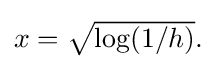
{\textstyle x={\sqrt {\log(1/h)}}.}